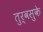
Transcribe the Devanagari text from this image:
तुर्वसुके